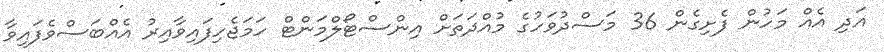
އަދި އެއް މަހުން ފެށިގެން 36 މަސްދުވަހުގެ މުއްދަތަށް އިންސްޓޯލްމަންޓް ހަމަޖެހިފައިވާއިރު އެއްބަސްވެފައިވާ